Report of the Municipal Commissioner on the plague in Bombay for the year ending 31st May... - Volume 2
Disease focus: Plague
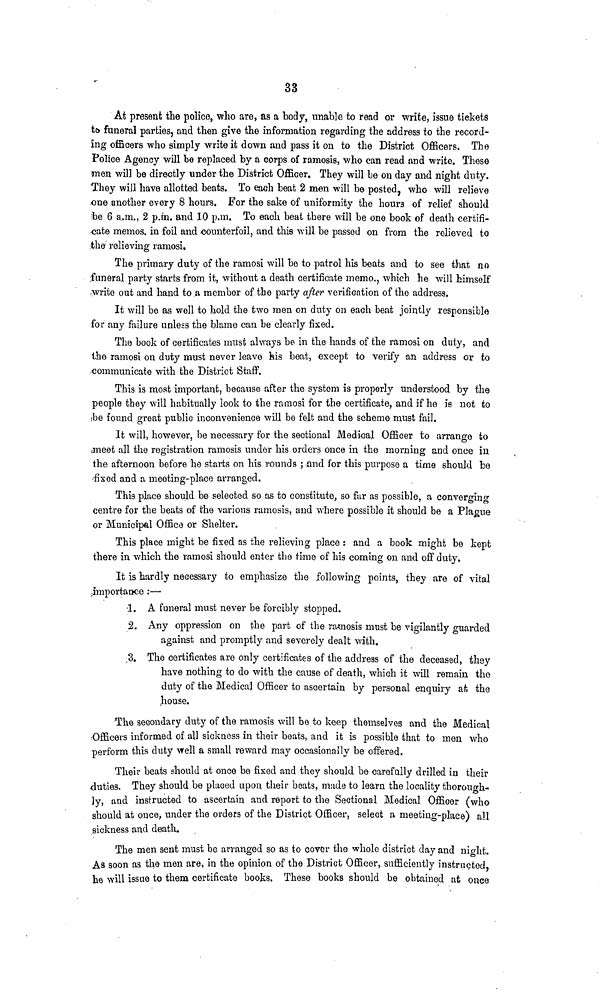
33
At present the police, who are, as a body, unable to read or write, issue tickets
to funeral parties, and then give the information regarding the address to the record-
ing officers who simply write it down and pass it on to the District Officers. The
Police Agency will be replaced by a corps of ramosis, who can read and write. These
men will be directly under the District Officer. They will be on day and night duty.
They will have allotted beats. To each beat 2 men will be posted, who will relieve
one another every 8 hours. For the sake of uniformity the hours of relief should
be 6 a.m., 2 p.m. and 10 p.m. To each beat there will be one book of death certifi-
cate memos. in foil and counterfoil, and this will be passed on from the relieved to
the relieving ramosi.
The primary duty of the ramosi will be to patrol his beats and to see that no
funeral party starts from it, without a death certificate memo., which he will himself
write out and hand to a member of the party after verification of the address.
It will be as well to hold the two men on duty on each beat jointly responsible
for any failure unless the blame can be clearly fixed.
The book of certificates must always be in the hands of the ramosi on duty, and
the ramosi on duty must never leave his beat, except to verify an address or to
communicate with the District Staff.
This is most important, because after the system is properly understood by the
people they will habitually look to the ramosi for the certificate, and if he is not to
be found great public inconvenience will be felt and the scheme must fail.
It will, however, be necessary for the sectional Medical Officer to arrange to
meet all the registration ramosis under his orders once in the morning and once in
the afternoon before he starts on his rounds ; and for this purpose a time should be
fixed and a meeting-place arranged.
This place should be selected so as to constitute, so fur as possible, a converging
centre for the beats of the various ramosis, and where possible it should be a Plague
or Municipal Office or Shelter.
This place might be fixed as the relieving place : and a book might be kept
there in which the ramosi should enter the time of his coming on and off duty.
It is hardly necessary to emphasize the following points, they are of vital
importance :—
1. A funeral must never be forcibly stopped.
2. Any oppression on the part of the ramosis must be vigilantly guarded
against and promptly and severely dealt with.
3. The certificates are only certificates of the address of the deceased, they
have nothing to do with the cause of death, which it will remain the
duty of the Medical Officer to ascertain by personal enquiry at the
house.
The secondary duty of the ramosis will be to keep themselves and the Medical
Officers informed of all sickness in their beats, and it is possible that to men who
perform this duty well a small reward may occasionally be offered.
Their beats should at once be fixed and they should be carefully drilled in their
duties. They should be placed upon their boats, made to learn the locality thorough-
ly, and instructed to ascertain and report to the Sectional Medical Officer (who
should at once, under the orders of the District Officer, select a meeting-place) all
sickness and death.
The men sent must be arranged so as to cover the whole district day and night.
As soon as the men are, in the opinion of the District Officer, sufficiently instructed,
he will issue to them certificate books. These books should be obtained at once